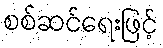
စစ်ဆင်ရေးဖြင့်